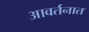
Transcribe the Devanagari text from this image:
आवर्तनात